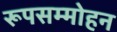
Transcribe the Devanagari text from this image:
रूपसम्मोहन